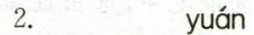
2. yuan